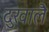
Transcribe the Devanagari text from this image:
दुखालै